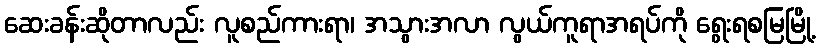
ဆေးခန်းဆိုတာလည်း လူစည်ကားရာ၊ အသွားအလာ လွယ်ကူရာအရပ်ကို ရွေးရစမြမြို့